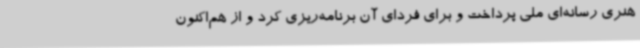
هنری رسانه‌ای ملی پرداخت و برای فردای آن برنامه‌ریزی کرد و از هم‌اکنون